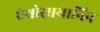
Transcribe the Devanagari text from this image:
एंथोसायानिन